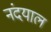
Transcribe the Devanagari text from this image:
नंदयाल